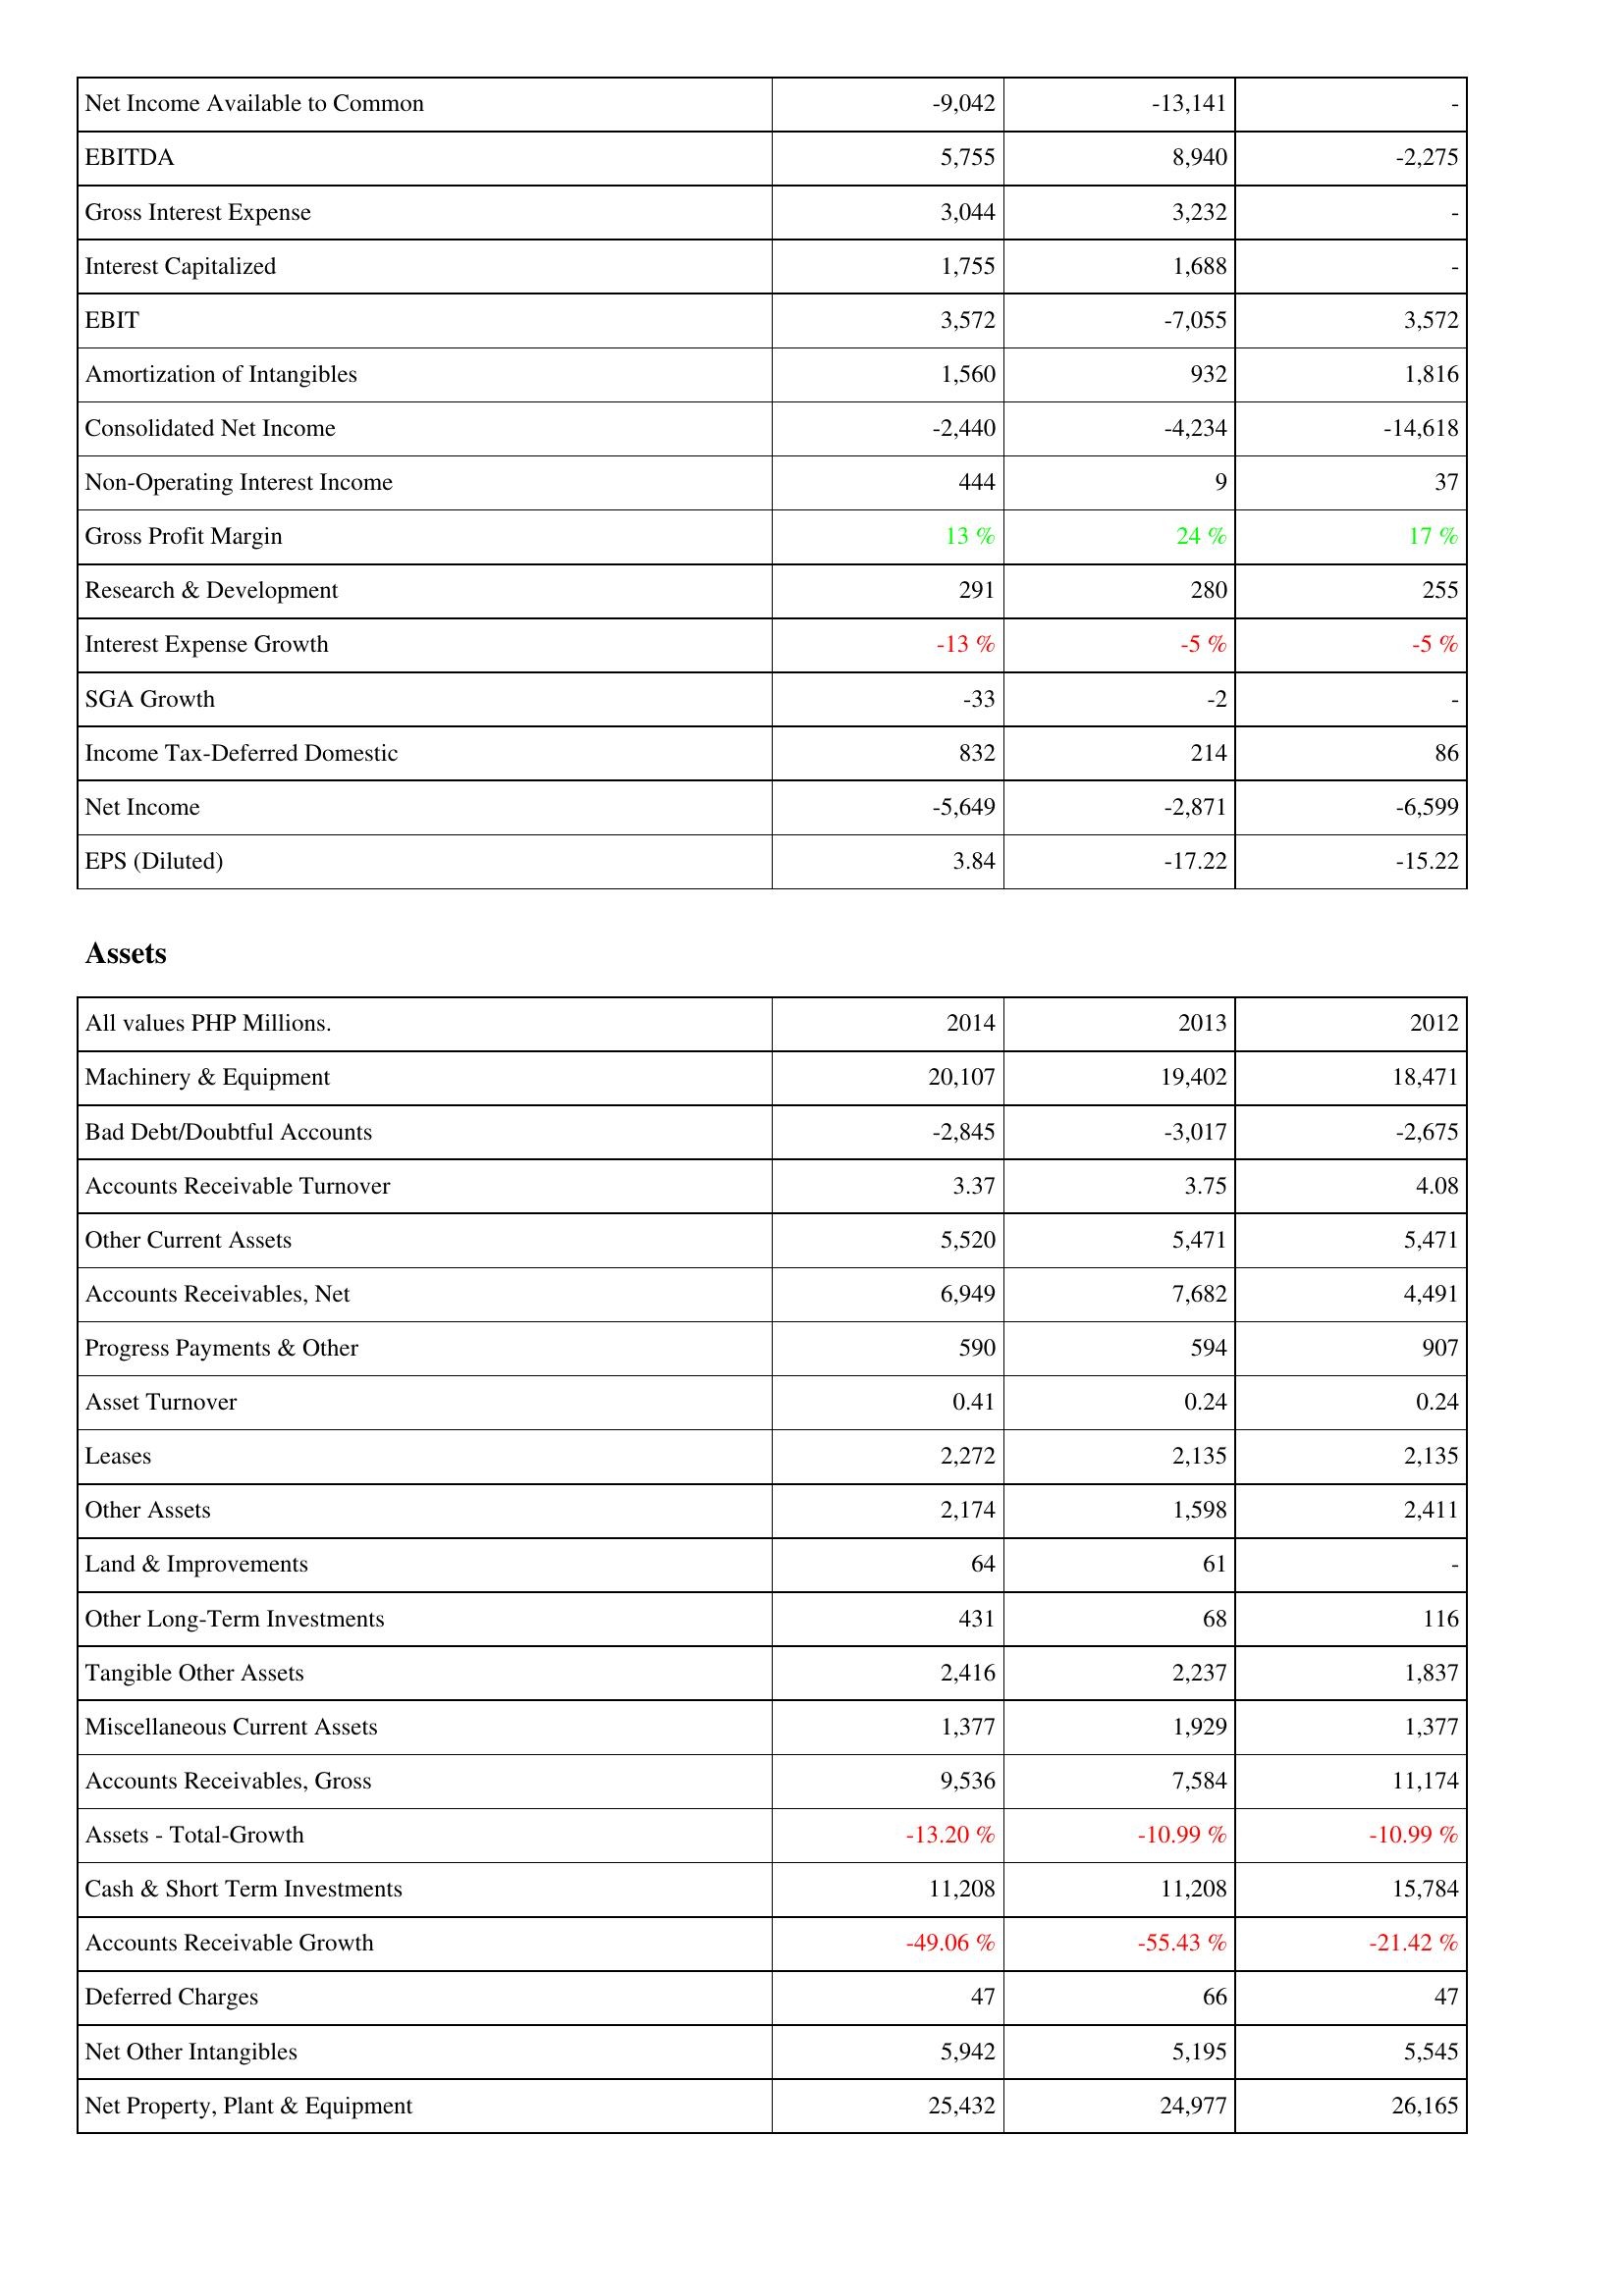
2014: Income Statement: Net Income Available to Common: -9,042
EBITDA: 5,755
Gross Interest Expense: 3,044
Interest Capitalized: 1,755
EBIT: 3,572
Amortization of Intangibles: 1,560
Consolidated Net Income: -2,440
Non-Operating Interest Income: 444
Gross Profit Margin: 13 %
Research & Development: 291
Interest Expense Growth: -13 %
SGA Growth: -33
Income Tax-Deferred Domestic: 832
Net Income: -5,649
EPS (Diluted): 3.84
Assets: Machinery & Equipment: 20,107
Bad Debt/Doubtful Accounts: -2,845
Accounts Receivable Turnover: 3.37
Other Current Assets: 5,520
Accounts Receivables, Net: 6,949
Progress Payments & Other: 590
Asset Turnover: 0.41
Leases: 2,272
Other Assets: 2,174
Land & Improvements: 64
Other Long-Term Investments: 431
Tangible Other Assets: 2,416
Miscellaneous Current Assets: 1,377
Accounts Receivables, Gross: 9,536
Assets - Total-Growth: -13.20 %
Cash & Short Term Investments: 11,208
Accounts Receivable Growth: -49.06 %
Deferred Charges: 47
Net Other Intangibles: 5,942
Net Property, Plant & Equipment: 25,432
2013: Income Statement: Net Income Available to Common: -13,141
EBITDA: 8,940
Gross Interest Expense: 3,232
Interest Capitalized: 1,688
EBIT: -7,055
Amortization of Intangibles: 932
Consolidated Net Income: -4,234
Non-Operating Interest Income: 9
Gross Profit Margin: 24 %
Research & Development: 280
Interest Expense Growth: -5 %
SGA Growth: -2
Income Tax-Deferred Domestic: 214
Net Income: -2,871
EPS (Diluted): -17.22
Assets: Machinery & Equipment: 19,402
Bad Debt/Doubtful Accounts: -3,017
Accounts Receivable Turnover: 3.75
Other Current Assets: 5,471
Accounts Receivables, Net: 7,682
Progress Payments & Other: 594
Asset Turnover: 0.24
Leases: 2,135
Other Assets: 1,598
Land & Improvements: 61
Other Long-Term Investments: 68
Tangible Other Assets: 2,237
Miscellaneous Current Assets: 1,929
Accounts Receivables, Gross: 7,584
Assets - Total-Growth: -10.99 %
Cash & Short Term Investments: 11,208
Accounts Receivable Growth: -55.43 %
Deferred Charges: 66
Net Other Intangibles: 5,195
Net Property, Plant & Equipment: 24,977
2012: Income Statement: Net Income Available to Common: -
EBITDA: -2,275
Gross Interest Expense: -
Interest Capitalized: -
EBIT: 3,572
Amortization of Intangibles: 1,816
Consolidated Net Income: -14,618
Non-Operating Interest Income: 37
Gross Profit Margin: 17 %
Research & Development: 255
Interest Expense Growth: -5 %
SGA Growth: -
Income Tax-Deferred Domestic: 86
Net Income: -6,599
EPS (Diluted): -15.22
Assets: Machinery & Equipment: 18,471
Bad Debt/Doubtful Accounts: -2,675
Accounts Receivable Turnover: 4.08
Other Current Assets: 5,471
Accounts Receivables, Net: 4,491
Progress Payments & Other: 907
Asset Turnover: 0.24
Leases: 2,135
Other Assets: 2,411
Land & Improvements: -
Other Long-Term Investments: 116
Tangible Other Assets: 1,837
Miscellaneous Current Assets: 1,377
Accounts Receivables, Gross: 11,174
Assets - Total-Growth: -10.99 %
Cash & Short Term Investments: 15,784
Accounts Receivable Growth: -21.42 %
Deferred Charges: 47
Net Other Intangibles: 5,545
Net Property, Plant & Equipment: 26,165